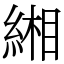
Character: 緗